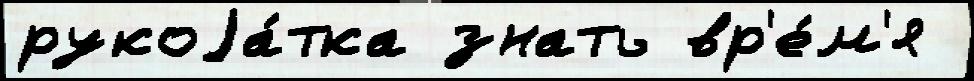
рукоjа́тка знать вр'е́м'я